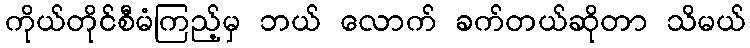
ကိုယ်တိုင်စီမံကြည့်မှ ဘယ် လောက် ခက်တယ်ဆိုတာ သိမယ်